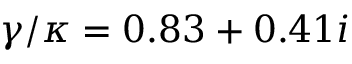
\gamma / \kappa = 0 . 8 3 + 0 . 4 1 i